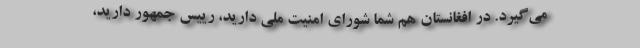
می‌گیرد. در افغانستان هم شما شورای امنیت ملی دارید، رییس جمهور دارید،